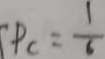
P _ { c } = \frac { 1 } { 6 }